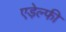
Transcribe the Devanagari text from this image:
एड़ेल्फी